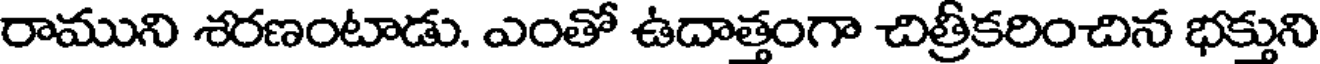
రాముని శరణంటాడు. ఎంతో ఉదాత్తంగా చిత్రీకరించిన భక్తుని